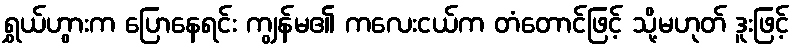
ရွှယ်ဟွားက ပြောနေရင်း ကျွန်မ၏ ကလေးငယ်က တံတောင်ဖြင့် သို့မဟုတ် ဒူးဖြင့်